Leaving Certificate Examination (including Day School Certificate (Higher) General paper), 1936
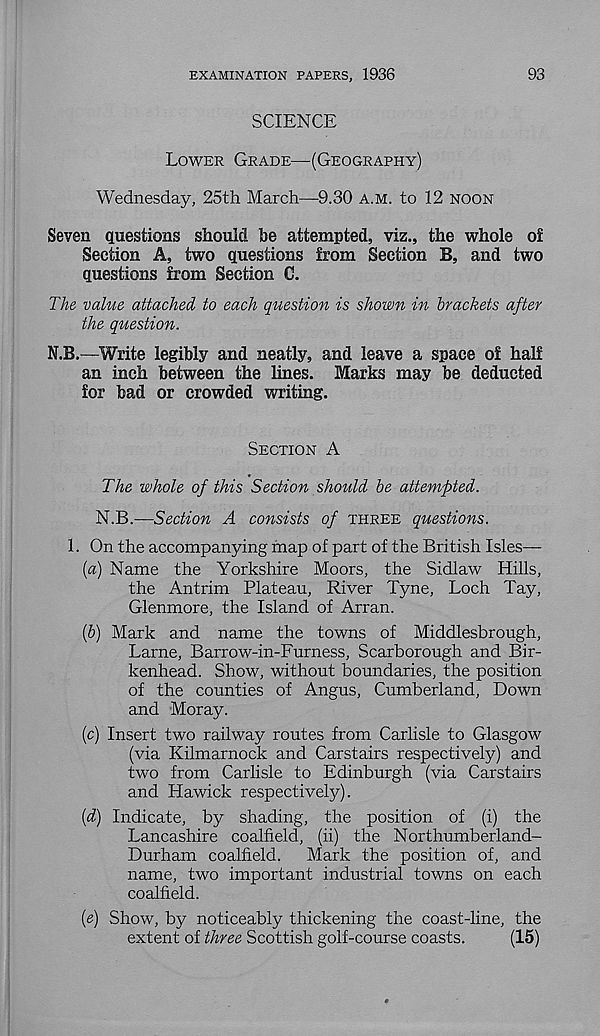
EXAMINATION PAPERS, 1936
93
SCIENCE
Lower Grade—(Geography)
Wednesday, 25th March—9.30 a.m. to 12 noon
Seven questions should he attempted, viz., the whole of
Section A, two questions from Section B, and two
questions from Section C.
The value attached to each question is shown in brackets after
the question.
N.B.—Write legibly and neatly, and leave a space of half
an inch between the lines. Marks may be deducted
for bad or crowded writing.
Section A
The whole of this Section should be attempted.
N.B.—Section A consists of three questions.
1. On the accompanying map of part of the British Isles—
(а) Name the Yorkshire Moors, the Sidlaw Hills,
the Antrim Plateau, River Tyne, Loch Tay,
Glenmore, the Island of Arran.
(б) Mark and name the towns of Middlesbrough,
Larne, Barrow-in-Furness, Scarborough and Bir-
kenhead. Show, without boundaries, the position
of the counties of Angus, Cumberland, Down
and Moray.
(c) Insert two railway routes from Carlisle to Glasgow
(via Kilmarnock and Carstairs respectively) and
two from Carlisle to Edinburgh (via Carstairs
and Hawick respectively).
(d) Indicate, by shading, the position of (i) the
Lancashire coalfield, (ii) the Northumberland-
Durham coalfield.
Mark the position of, and
name, two important industrial towns on each
coalfield.
(e) Show, by noticeably thickening the coast-line, the
extent of three Scottish golf-course coasts.
(15)